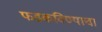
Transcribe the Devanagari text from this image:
फडकविण्याचा